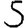
Digit: 5